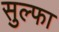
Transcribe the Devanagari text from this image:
सुल्फा